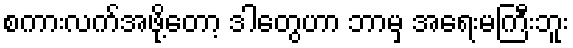
စကားလက်အဖို့တော့ ဒါတွေဟာ ဘာမှ အရေးမကြီးဘူး